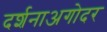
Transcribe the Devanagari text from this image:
दर्शनाअगोदर